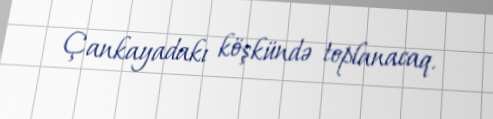
Çankayadakı köşkündə toplanacaq.